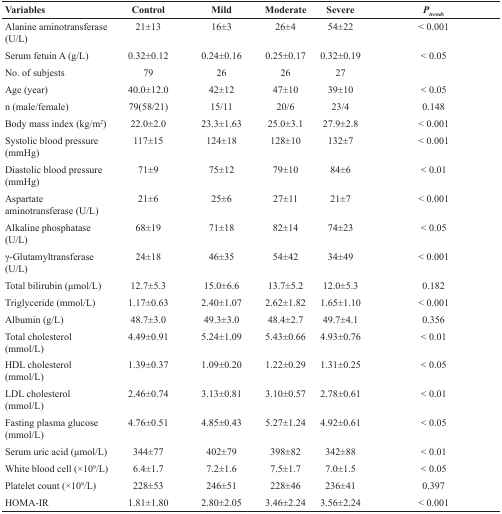
<table><thead><tr><td><b>Variables</b></td><td><b>Control</b></td><td><b>Mild</b></td><td><b>Moderate</b></td><td><b>Severe</b></td><td><b><i>P</i><sub><i>trends</i></sub></b></td></tr></thead><tbody><tr><td>Alanine aminotransferase (U/L)</td><td>21±13</td><td>16±3</td><td>26±4</td><td>54±22</td><td>&lt; 0.001</td></tr><tr><td>Serum fetuin A (g/L)</td><td>0.32±0.12</td><td>0.24±0.16</td><td>0.25±0.17</td><td>0.32±0.19</td><td>&lt; 0.05</td></tr><tr><td>No. of subjests</td><td>79</td><td>26</td><td>26</td><td>27</td><td></td></tr><tr><td>Age (year)</td><td>40.0±12.0</td><td>42±12</td><td>47±10</td><td>39±10</td><td>&lt; 0.05</td></tr><tr><td>n (male/female)</td><td>79(58/21)</td><td>15/11</td><td>20/6</td><td>23/4</td><td>0.148</td></tr><tr><td>Body mass index (kg/m<sup>2</sup>)</td><td>22.0±2.0</td><td>23.3±1.63</td><td>25.0±3.1</td><td>27.9±2.8</td><td>&lt; 0.001</td></tr><tr><td>Systolic blood pressure (mmHg)</td><td>117±15</td><td>124±18</td><td>128±10</td><td>132±7</td><td>&lt; 0.001</td></tr><tr><td>Diastolic blood pressure (mmHg)</td><td>71±9</td><td>75±12</td><td>79±10</td><td>84±6</td><td>&lt; 0.01</td></tr><tr><td>Aspartate aminotransferase (U/L)</td><td>21±6</td><td>25±6</td><td>27±11</td><td>21±7</td><td>&lt; 0.001</td></tr><tr><td>Alkaline phosphatase (U/L)</td><td>68±19</td><td>71±18</td><td>82±14</td><td>74±23</td><td>&lt; 0.05</td></tr><tr><td>γ-Glutamyltransferase (U/L)</td><td>24±18</td><td>46±35</td><td>54±42</td><td>34±49</td><td>&lt; 0.001</td></tr><tr><td>Total bilirubin (μmol/L)</td><td>12.7±5.3</td><td>15.0±6.6</td><td>13.7±5.2</td><td>12.0±5.3</td><td>0.182</td></tr><tr><td>Triglyceride (mmol/L)</td><td>1.17±0.63</td><td>2.40±1.07</td><td>2.62±1.82</td><td>1.65±1.10</td><td>&lt; 0.001</td></tr><tr><td>Albumin (g/L)</td><td>48.7±3.0</td><td>49.3±3.0</td><td>48.4±2.7</td><td>49.7±4.1</td><td>0.356</td></tr><tr><td>Total cholesterol (mmol/L)</td><td>4.49±0.91</td><td>5.24±1.09</td><td>5.43±0.66</td><td>4.93±0.76</td><td>&lt; 0.01</td></tr><tr><td>HDL cholesterol (mmol/L)</td><td>1.39±0.37</td><td>1.09±0.20</td><td>1.22±0.29</td><td>1.31±0.25</td><td>&lt; 0.05</td></tr><tr><td>LDL cholesterol (mmol/L)</td><td>2.46±0.74</td><td>3.13±0.81</td><td>3.10±0.57</td><td>2.78±0.61</td><td>&lt; 0.01</td></tr><tr><td>Fasting plasma glucose (mmol/L)</td><td>4.76±0.51</td><td>4.85±0.43</td><td>5.27±1.24</td><td>4.92±0.61</td><td>&lt; 0.05</td></tr><tr><td>Serum uric acid (μmol/L)</td><td>344±77</td><td>402±79</td><td>398±82</td><td>342±88</td><td>&lt; 0.01</td></tr><tr><td>White blood cell (×10<sup>9</sup>/L)</td><td>6.4±1.7</td><td>7.2±1.6</td><td>7.5±1.7</td><td>7.0±1.5</td><td>&lt; 0.05</td></tr><tr><td>Platelet count (×10<sup>9</sup>/L)</td><td>228±53</td><td>246±51</td><td>228±46</td><td>236±41</td><td>0.397</td></tr><tr><td>HOMA-IR</td><td>1.81±1.80</td><td>2.80±2.05</td><td>3.46±2.24</td><td>3.56±2.24</td><td>&lt; 0.001</td></tr></tbody></table>